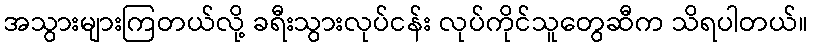
အသွားများကြတယ်လို့ ခရီးသွားလုပ်ငန်း လုပ်ကိုင်သူတွေဆီက သိရပါတယ်။